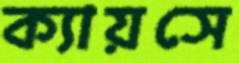
ক্যায়সে